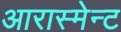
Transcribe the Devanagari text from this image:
आरास्मेन्ट